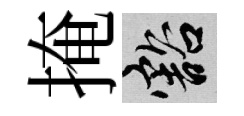
掩豁